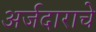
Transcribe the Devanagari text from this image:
अर्जदाराचे